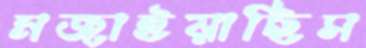
মজাইয়াছিস